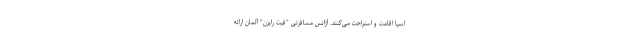
اسپا اقامت و استراحت می‌کنند. آژانس مسافرتی "فیت رایزن" آلمان ارائه